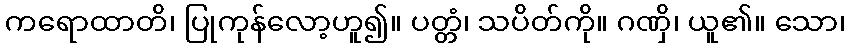
ကရောထာတိ၊ ပြုကုန်လော့ဟူ၍။ ပတ္တံ၊ သပိတ်ကို။ ဂဏှိ၊ ယူ၏။ သော၊